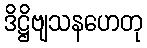
ဒိဋ္ဌိဗျသနဟေတု